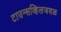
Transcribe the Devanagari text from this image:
टाउन्सव्हिलजवळ